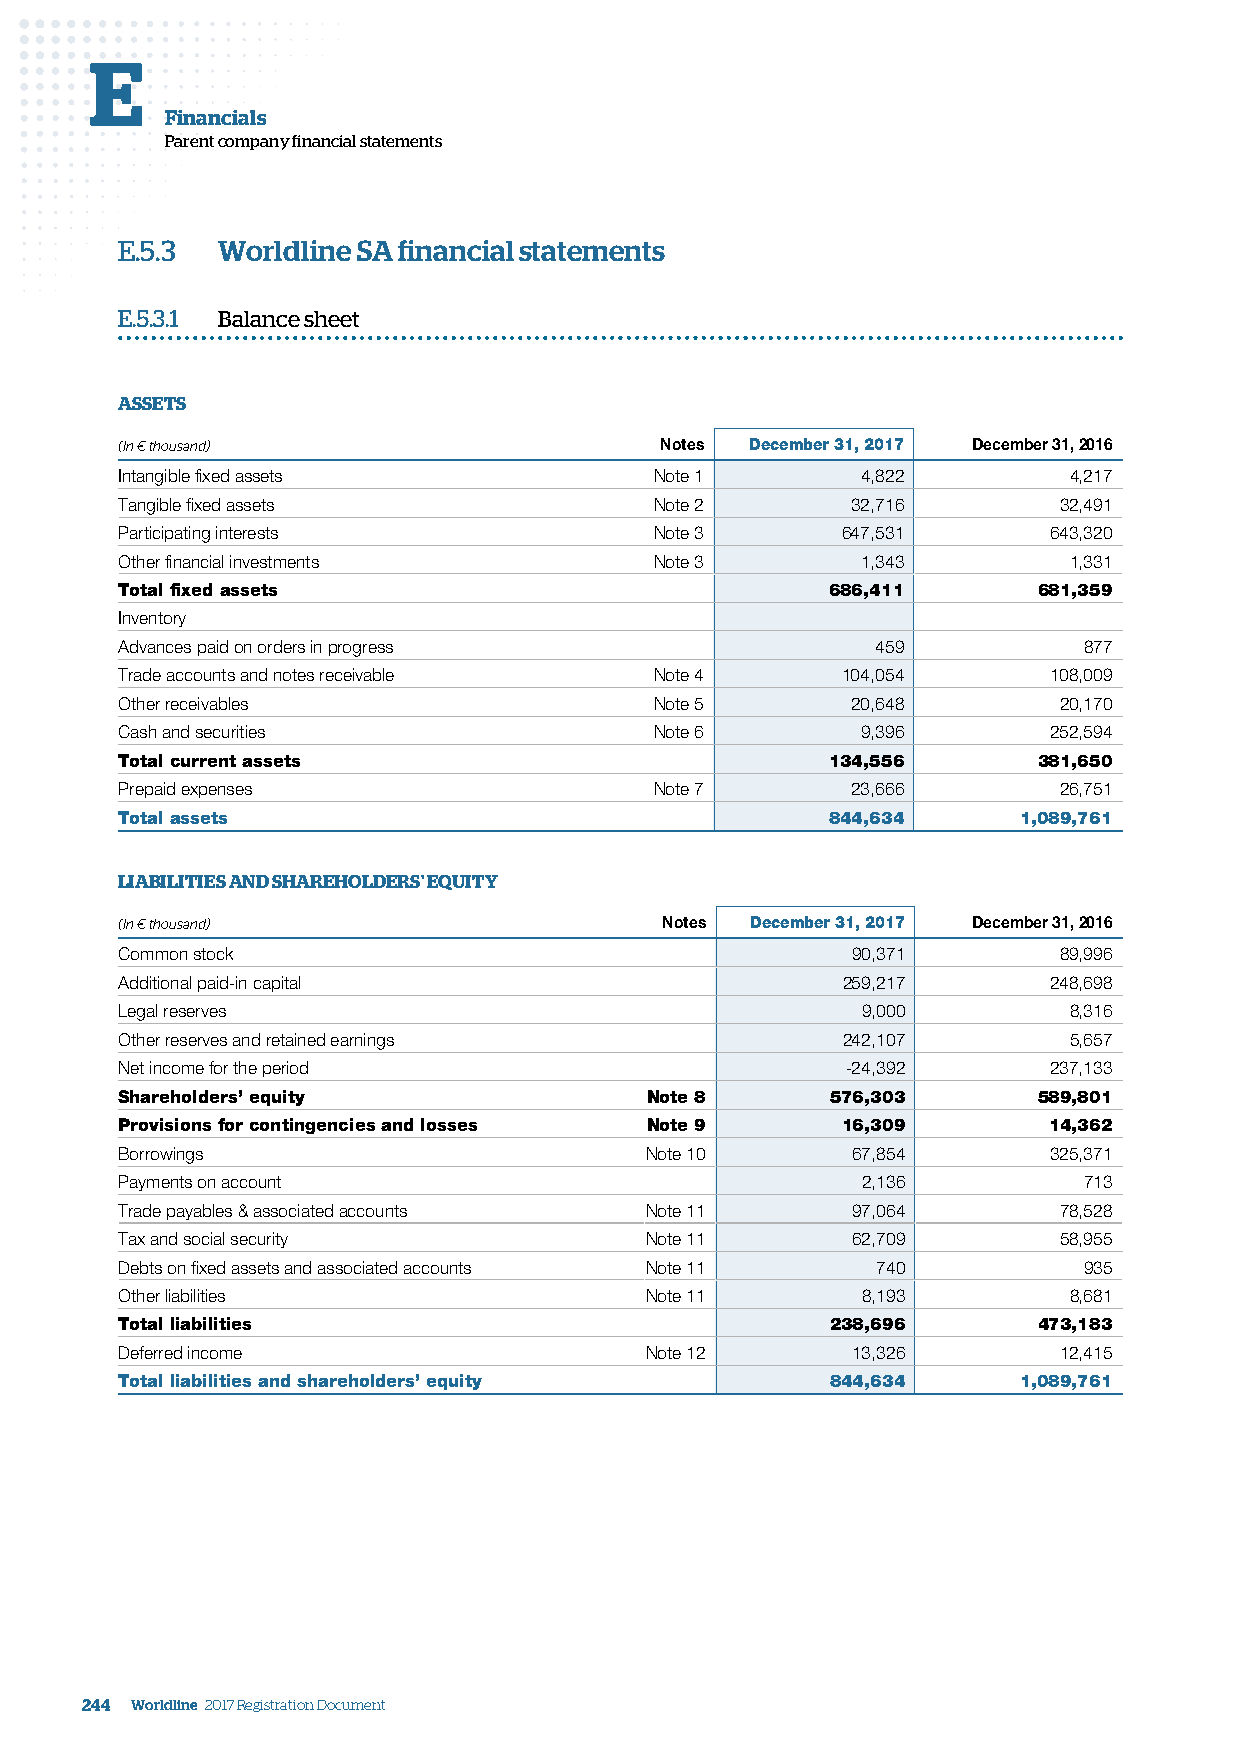
E
 Financials
 Parent company financial statements
 E.5.3 Worldline SA financial statements
 E.5.3.1 Balance sheet
 ASSETS
 (In € thousand)                     Notes December 31, 2017 December 31, 2016
 Intangible fixed assets            Note 1        4,822         4,217
 Tangible fixed assets              Note 2       32,716        32,491
 Participating interests            Note 3       647,531      643,320
 Other financial investments        Note 3        1,343         1,331
 Total fixed assets                             686,411       681,359
 Inventory
 Advances paid on orders in progress               459           877
 Trade accounts and notes receivable Note 4      104,054      108,009
 Other receivables                  Note 5       20,648        20,170
 Cash and securities                Note 6        9,396       252,594
 Total current assets                           134,556       381,650
 Prepaid expenses                   Note 7       23,666        26,751
 Total assets                                   844,634      1,089,761
 LIABILITIES AND SHAREHOLDERS' EQUITY
 (In € thousand)                     Notes December 31, 2017 December 31, 2016
 Common stock                                    90,371        89,996
 Additional paid-in capital                      259,217      248,698
 Legal reserves                                   9,000         8,316
 Other reserves and retained earnings            242,107        5,657
 Net income for the period                       -24,392      237,133
 Shareholders’ equity               Note 8      576,303       589,801
 Provisions for contingencies and losses Note 9  16,309       14,362
 Borrowings                         Note 10      67,854       325,371
 Payments on account                              2,136          713
 Trade payables & associated accounts Note 11    97,064        78,528
 Tax and social security            Note 11      62,709        58,955
 Debts on fixed assets and associated accounts Note 11 740       935
 Other liabilities                  Note 11       8,193         8,681
 Total liabilities                              238,696       473,183
 Deferred income                    Note 12      13,326        12,415
 Total liabilities and shareholders’ equity     844,634      1,089,761
 244 Worldline 2017 Registration Document